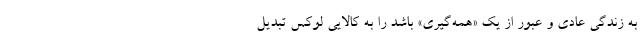
به زندگی عادی و عبور از یک «همه‌گیری» باشد را به کالایی لوکس تبدیل